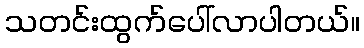
သတင်းထွက်ပေါ်လာပါတယ်။